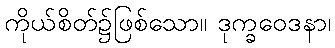
ကိုယ်စိတ်၌ဖြစ်သော။ ဒုက္ခဝေဒနာ၊